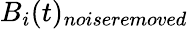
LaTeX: B_{i}(t)_{\textit{noiseremoved}}